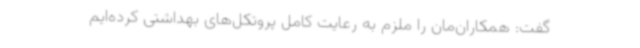
گفت: همکاران‌مان را ملزم به رعایت کامل پروتکل‌های بهداشتی کرده‌ایم